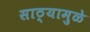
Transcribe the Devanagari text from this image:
साठ्यामुळे